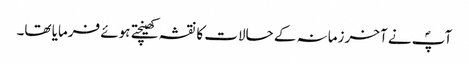
آپؐ نے آخر زمانہ کے حالات کا نقشہ کھینچتے ہوئے فرمایا تھا۔